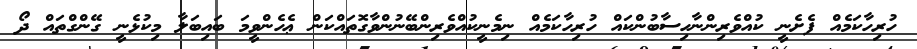
ހުރިހާކަމެއް ފެށެނީ ކުއްވެރިންނާހިސާބުންކައް ހުރިހާކަމެއް ނިމެނީކުއްވެރިންބޭނުންވާގޮތައްކަން ޢެހެންވީމަ ބައިބަލާ މިކުޅެނީ ގޭންގްތައް ދޯ